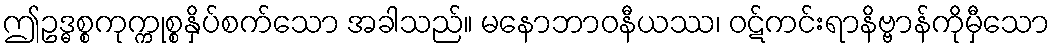
ဤဥဒ္ဓစ္စကုက္ကုစ္စနှိပ်စက်သော အခါသည်။ မနောဘာဝနီယဿ၊ ဝဋ်ကင်းရာနိဗ္ဗာန်ကိုမှီသော